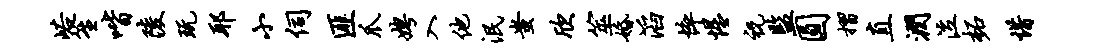
峪笙喈陵玩耶小伺匪爪娉入他泯蚩欣筮婚滔悴惺祝监圆摺直润泣柘惜